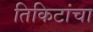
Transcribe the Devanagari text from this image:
तिकिटांचा